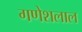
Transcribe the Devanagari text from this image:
गणेशलाल